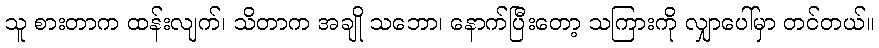
သူ စားတာက ထန်းလျက်၊ သိတာက အချို သဘော၊ နောက်ပြီးတော့ သကြားကို လျှာပေါ်မှာ တင်တယ်။